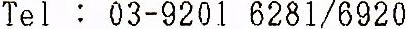
TEL: 03-9201 6281/6920